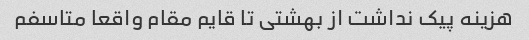
هزینه پیک نداشت از بهشتی تا قایم مقام واقعا متاسفم